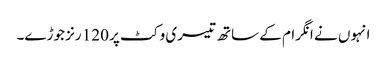
انہوں نے انگرام کے ساتھ تیسری وکٹ پر 120 رنز جوڑے۔